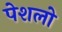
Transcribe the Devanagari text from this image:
पेशलो